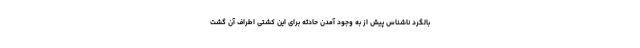
بالگرد ناشناس پیش از به وجود آمدن حادثه برای این کشتی اطراف آن گشت